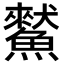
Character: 𩻜